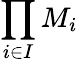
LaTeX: \prod_{i\in I}M_{i}